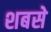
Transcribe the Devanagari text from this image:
शबसे